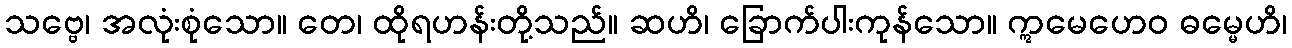
သဗ္ဗေ၊ အလုံးစုံသော။ တေ၊ ထိုရဟန်းတို့သည်။ ဆဟိ၊ ခြောက်ပါးကုန်သော။ ဣမေဟေဝ ဓမ္မေဟိ၊